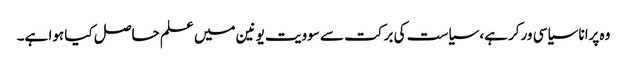
وہ پرانا سیاسی ورکر ہے، سیاست کی برکت سے سوویت یونین میں علم حاصل کیا ہوا ہے۔